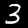
Label: 3